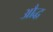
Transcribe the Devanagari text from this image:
औद्ध